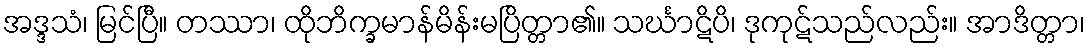
အဒ္ဒသံ၊ မြင်ပြီ။ တဿာ၊ ထိုဘိက္ခမာန်မိန်းမပြိတ္တာ၏။ သင်္ဃာဋိပိ၊ ဒုကုဋ်သည်လည်း။ အာဒိတ္တာ၊